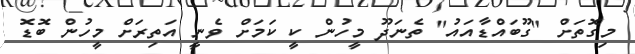
މިގޮތަށް "ގޫބައްޑާއައު" ތެނަދޫ މީހުން ކީ ކަމަށް ވެނީ އަތިރަށް މީހުން ބޮޑޮ